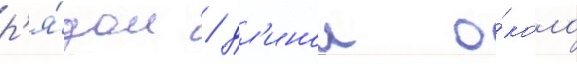
р'я́дом / дл'инои о́коло